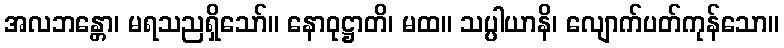
အလဘန္တော၊ မရသညရှိသော်။ နောဝုဋ္ဌာတိ၊ မထ။ သပ္ပါယာနိ၊ လျောက်ပတ်ကုန်သော။